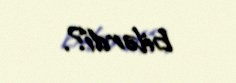
bilərdi?.